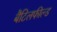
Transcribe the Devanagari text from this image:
बैटिलफील्ड